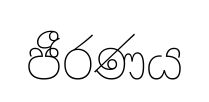
ජීරණය